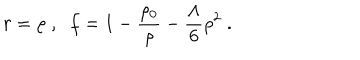
LaTeX: r = \rho \; , \; \; f = 1 - \frac { \rho _ { 0 } } { \rho } - \frac { \Lambda } { 6 } \rho ^ { 2 } \; .